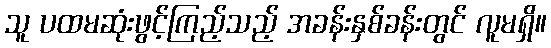
သူ ပထမဆုံးဖွင့်ကြည့်သည့် အခန်းနှစ်ခန်းတွင် လူမရှိ။